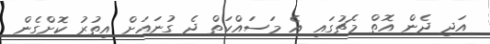
އަދި ދެން އޮތް މެޗުގައި އެ މަސައްކަތް ދެ ގުނައަށް އިތުރު ކޮށްގެން